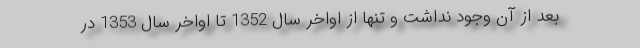
بعد از آن وجود نداشت و تنها از اواخر سال 1352 تا اواخر سال 1353 در